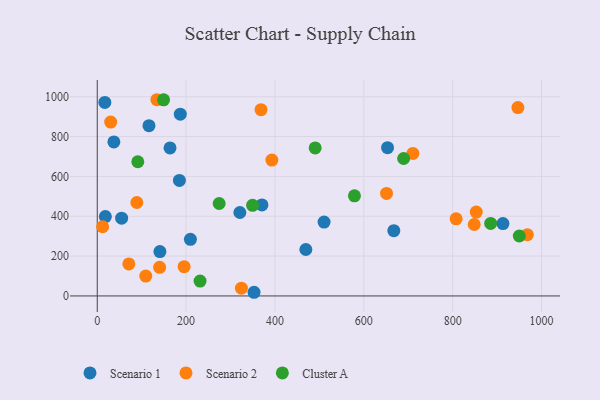
{"axis": {"x": "Investment", "y": "Exam Score"}, "legend": ["Cluster A", "Scenario 1", "Scenario 2"], "data": [{"x": "321.0", "y": 418.9, "type": "Scenario 1"}, {"x": "18.2", "y": 398.3, "type": "Scenario 1"}, {"x": "209.7", "y": 284.3, "type": "Scenario 1"}, {"x": "116.4", "y": 854.7, "type": "Scenario 1"}, {"x": "184.9", "y": 579.7, "type": "Scenario 1"}, {"x": "653.4", "y": 744.1, "type": "Scenario 1"}, {"x": "163.8", "y": 743.0, "type": "Scenario 1"}, {"x": "352.9", "y": 18.4, "type": "Scenario 1"}, {"x": "469.5", "y": 233.1, "type": "Scenario 1"}, {"x": "37.4", "y": 773.3, "type": "Scenario 1"}, {"x": "667.5", "y": 327.8, "type": "Scenario 1"}, {"x": "913.1", "y": 363.0, "type": "Scenario 1"}, {"x": "17.1", "y": 971.5, "type": "Scenario 1"}, {"x": "141.0", "y": 222.5, "type": "Scenario 1"}, {"x": "370.7", "y": 457.1, "type": "Scenario 1"}, {"x": "510.5", "y": 371.0, "type": "Scenario 1"}, {"x": "186.9", "y": 912.5, "type": "Scenario 1"}, {"x": "54.9", "y": 390.2, "type": "Scenario 1"}, {"x": "324.5", "y": 39.1, "type": "Scenario 2"}, {"x": "195.5", "y": 147.0, "type": "Scenario 2"}, {"x": "30.2", "y": 872.6, "type": "Scenario 2"}, {"x": "807.7", "y": 387.3, "type": "Scenario 2"}, {"x": "71.1", "y": 160.7, "type": "Scenario 2"}, {"x": "12.1", "y": 347.2, "type": "Scenario 2"}, {"x": "651.1", "y": 514.4, "type": "Scenario 2"}, {"x": "393.0", "y": 681.8, "type": "Scenario 2"}, {"x": "968.1", "y": 307.4, "type": "Scenario 2"}, {"x": "710.4", "y": 715.6, "type": "Scenario 2"}, {"x": "848.4", "y": 358.6, "type": "Scenario 2"}, {"x": "140.4", "y": 143.4, "type": "Scenario 2"}, {"x": "368.6", "y": 934.9, "type": "Scenario 2"}, {"x": "946.8", "y": 945.4, "type": "Scenario 2"}, {"x": "853.0", "y": 420.8, "type": "Scenario 2"}, {"x": "134.2", "y": 984.9, "type": "Scenario 2"}, {"x": "109.2", "y": 99.8, "type": "Scenario 2"}, {"x": "89.1", "y": 469.0, "type": "Scenario 2"}, {"x": "91.3", "y": 673.5, "type": "Cluster A"}, {"x": "490.5", "y": 742.8, "type": "Cluster A"}, {"x": "349.6", "y": 455.0, "type": "Cluster A"}, {"x": "885.5", "y": 363.9, "type": "Cluster A"}, {"x": "578.9", "y": 502.4, "type": "Cluster A"}, {"x": "689.6", "y": 689.8, "type": "Cluster A"}, {"x": "949.9", "y": 300.8, "type": "Cluster A"}, {"x": "231.4", "y": 74.5, "type": "Cluster A"}, {"x": "274.4", "y": 464.0, "type": "Cluster A"}, {"x": "149.3", "y": 984.5, "type": "Cluster A"}]}